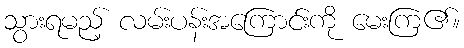
သွားရမည့် လမ်းပန်းအကြောင်းကို မေးကြ၏။